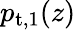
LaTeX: p_{\mathrm{t},1}(z)